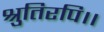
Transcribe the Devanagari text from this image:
श्रुतिरपि।।